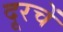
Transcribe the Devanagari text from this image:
दूरचें